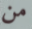
من